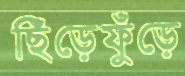
ছিঁড়েফুঁড়ে